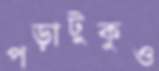
পড়াটুকুও